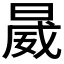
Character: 𱢏